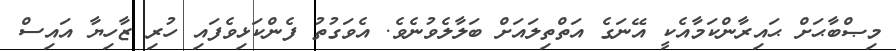
މިޞްބާޙަށް ޙައިރާންކަމާއެކީ އޭނަގެ އަތްތިލައަށް ބަލާލެވުނެވެ. އެވަގުތު ފެންކަޅިވެފައި ހުރި ޒާހިޔާ އައިސް